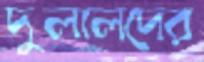
দুলালদের